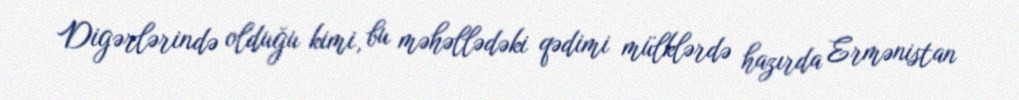
Digərlərində olduğu kimi, bu məhəllədəki qədimi mülklərdə hazırda Ermənistan